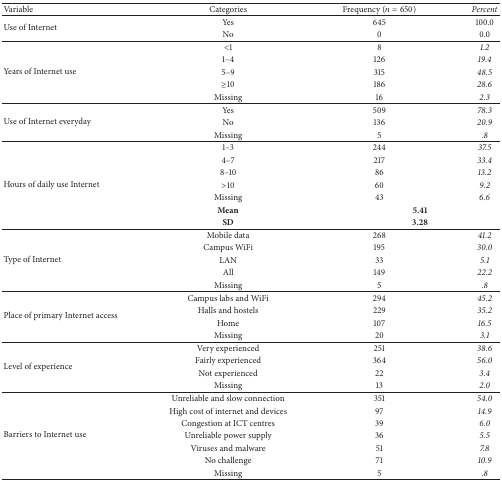
<table><thead><tr><td><b>Variable </b></td><td><b>Categories </b></td><td><b>Frequency (<i>n</i> = 650)</b></td><td><b><i>Percent</i></b></td></tr></thead><tbody><tr><td rowspan="2">Use of Internet</td><td>Yes</td><td>645</td><td>100.0</td></tr><tr><td>No</td><td>0</td><td>0.0</td></tr><tr><td rowspan="5">Years of Internet use</td><td>&lt;1</td><td>8</td><td><i>1.2</i></td></tr><tr><td>1–4</td><td>126</td><td><i>19.4</i></td></tr><tr><td>5–9</td><td>315</td><td><i>48.5</i></td></tr><tr><td>≥10</td><td>186</td><td><i>28.6</i></td></tr><tr><td>Missing</td><td>16</td><td><i>2.3</i></td></tr><tr><td rowspan="3">Use of Internet everyday</td><td>Yes</td><td>509</td><td><i>78.3</i></td></tr><tr><td>No</td><td>136</td><td><i>20.9</i></td></tr><tr><td>Missing</td><td>5</td><td><i>.8</i></td></tr><tr><td rowspan="7">Hours of daily use Internet</td><td>1–3</td><td>244</td><td><i>37.5</i></td></tr><tr><td>4–7</td><td>217</td><td><i>33.4</i></td></tr><tr><td>8–10</td><td>86</td><td><i>13.2</i></td></tr><tr><td>&gt;10</td><td>60</td><td><i>9.2</i></td></tr><tr><td>Missing</td><td>43</td><td><i>6.6</i></td></tr><tr><td><b>Mean</b></td><td colspan="2"><b>5.41</b></td></tr><tr><td><b>SD</b></td><td colspan="2"><b>3.28</b></td></tr><tr><td rowspan="5">Type of Internet</td><td>Mobile data</td><td>268</td><td><i>41.2</i></td></tr><tr><td>Campus WiFi</td><td>195</td><td><i>30.0</i></td></tr><tr><td>LAN</td><td>33</td><td><i>5.1</i></td></tr><tr><td>All</td><td>149</td><td><i>22.2</i></td></tr><tr><td>Missing</td><td>5</td><td><i>.8</i></td></tr><tr><td rowspan="4">Place of primary Internet access</td><td>Campus labs and WiFi</td><td>294</td><td><i>45.2</i></td></tr><tr><td>Halls and hostels</td><td>229</td><td><i>35.2</i></td></tr><tr><td>Home</td><td>107</td><td><i>16.5</i></td></tr><tr><td>Missing</td><td>20</td><td><i>3.1</i></td></tr><tr><td rowspan="4">Level of experience</td><td>Very experienced</td><td>251</td><td><i>38.6</i></td></tr><tr><td>Fairly experienced</td><td>364</td><td><i>56.0</i></td></tr><tr><td>Not experienced</td><td>22</td><td><i>3.4</i></td></tr><tr><td>Missing</td><td>13</td><td><i>2.0</i></td></tr><tr><td rowspan="7">Barriers to Internet use</td><td>Unreliable and slow connection</td><td>351</td><td><i>54.0</i></td></tr><tr><td>High cost of internet and devices</td><td>97</td><td><i>14.9</i></td></tr><tr><td>Congestion at ICT centres</td><td>39</td><td><i>6.0</i></td></tr><tr><td>Unreliable power supply</td><td>36</td><td><i>5.5</i></td></tr><tr><td>Viruses and malware</td><td>51</td><td><i>7.8</i></td></tr><tr><td>No challenge</td><td>71</td><td><i>10.9</i></td></tr><tr><td>Missing</td><td>5</td><td><i>.8</i></td></tr></tbody></table>